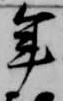
年